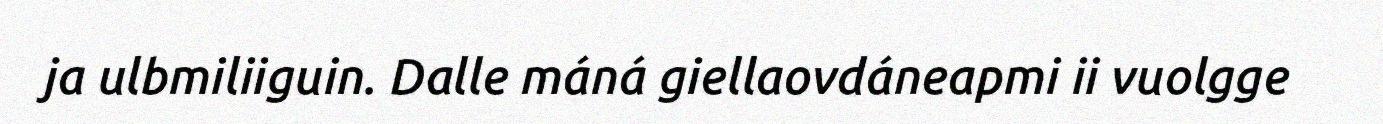
ja ulbmiliiguin. Dalle máná giellaovdáneapmi ii vuolgge